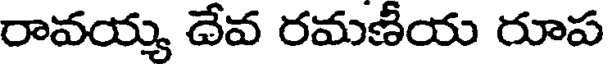
రావయ్య దేవ రమణీయ రూప